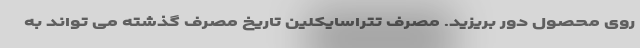
روی محصول دور بریزید. مصرف تتراسایکلین تاریخ مصرف گذشته می تواند به